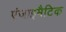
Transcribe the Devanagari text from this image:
एंजाइमैटिक